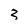
Character: 3